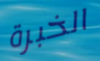
الخبرة